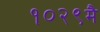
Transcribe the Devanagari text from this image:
१०२९मै